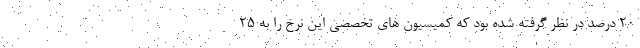
۲۰ درصد در نظر گرفته شده بود که کمیسیون های تخصصی این نرخ را به ۲۵